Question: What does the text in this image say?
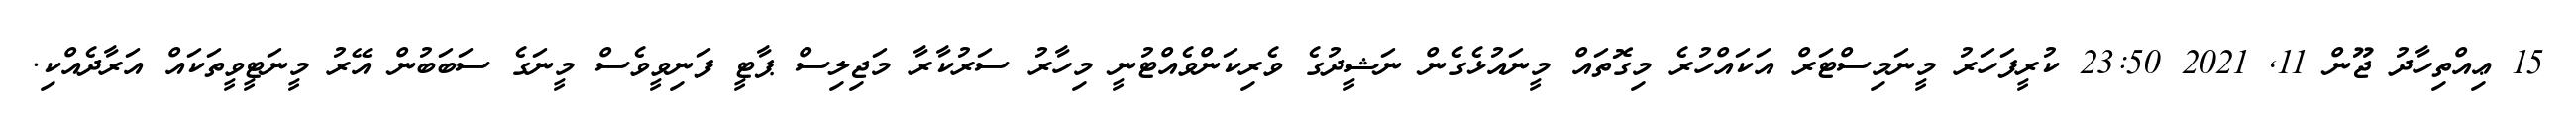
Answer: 15 ޢިއްތިހާދު ޖޫން 11, 2021 23:50 ކުރީފަހަރު މީނަމިސްޓަރް އަކައްހުރެ މިގޮތައް މީނައުޅެގެން ނަޝީދުގެ ވެރިކަންވެއްޓުނީ މިހާރު ސަރުކާރާ މަޖިލިސް ޕާޓީ ފަނިވީވެސް މީނަގެ ސަބަބުން އޭރު މީނަޓީވީތަކައް އަރާދެއްކި.